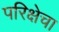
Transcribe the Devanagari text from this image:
परिक्षेचा